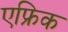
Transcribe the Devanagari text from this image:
एफ्रिक